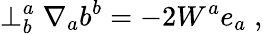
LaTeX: \perp_{b}^{a}\nabla_{a}b^{b}=-2W^{a}e_{a}\; ,